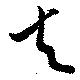
去